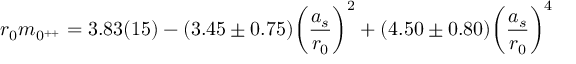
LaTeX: r _ { 0 } m _ { 0 ^ { + + } } = 3 . 8 3 ( 1 5 ) - ( 3 . 4 5 \pm 0 . 7 5 ) \biggl ( { \frac { a _ { s } } { r _ { 0 } } } \biggr ) ^ { 2 } + ( 4 . 5 0 \pm 0 . 8 0 ) \biggl ( { \frac { a _ { s } } { r _ { 0 } } } \biggr ) ^ { 4 }